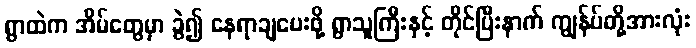
ရွာထဲက အိမ်တွေမှာ ခွဲ၍ နေရာချပေးဖို့ ရွာသူကြီးနှင့် တိုင်ပြီးနာက် ကျွန်ပ်တို့အားလုံး